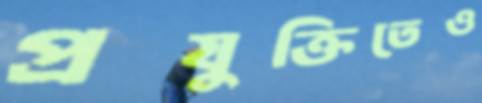
প্রযুক্তিতেও